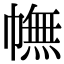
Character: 幠